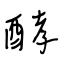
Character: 酵